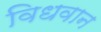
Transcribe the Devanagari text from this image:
विधवान